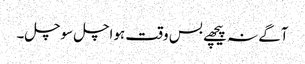
آگے نہ پیچھے بس وقت ہواچل سوچل۔